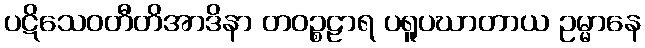
ပဋိသေဝတီတိအာဒိနာ တဝဉ္စဠာရ ပရူပဃာတာယ ဥမ္မာနေ